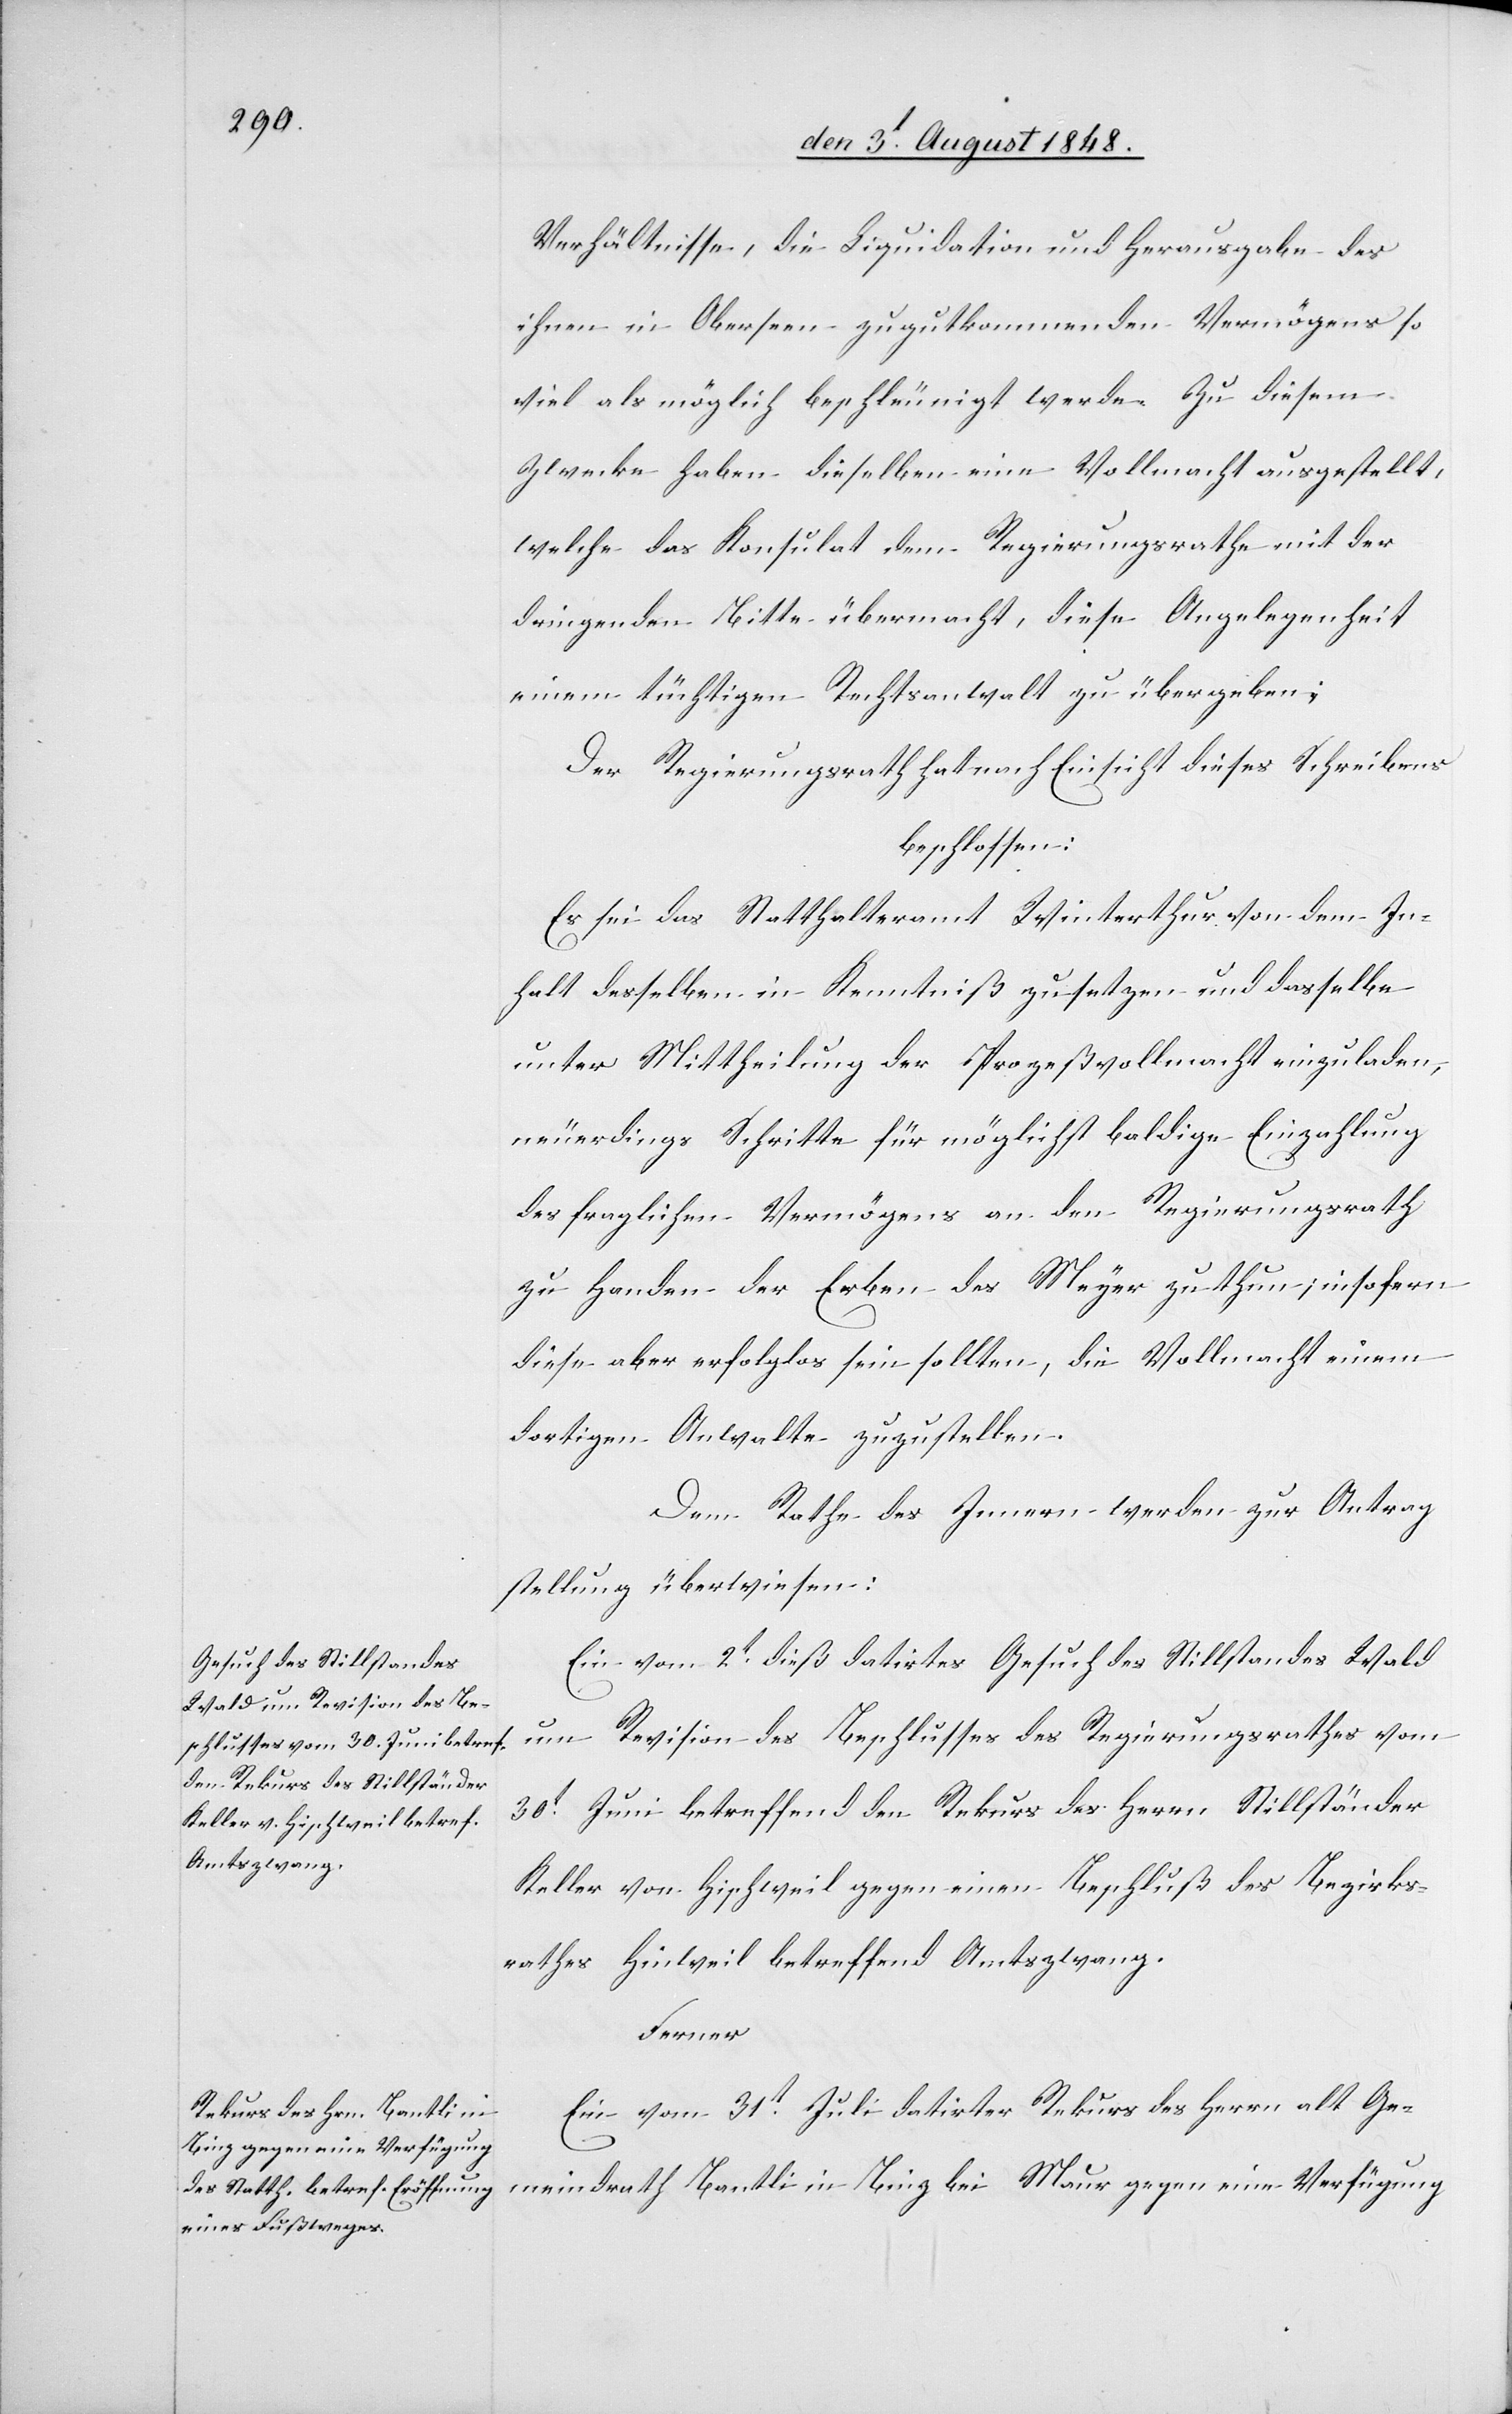
Verhältnisse, die Liquidation und Herausgabe des
ihnen in Oberseen zugutkommenden Vermögens so
viel als möglich beschleunigt werde. Zu diesem
Zwecke haben dieselben eine Vollmacht ausgestellt,
welche das Konsulat dem Regierungsrathe mit der
dringenden Bitte übermacht, diese Angelegenheit
einem tüchtigen Rechtsanwalt zu übergeben;
Der Regierungsrath hat nach Einsicht dieses Schreibens
beschlossen:
Es sei das Statthalteramt Winterthur von dem In¬
halt desselben in Kenntniß zu setzen und dasselbe
unter Mittheilung der Prozeßvollmacht einzuladen,
neuerdings Schritte für möglichst baldige Einzahlung
des fraglichen Vermögens an den Regierungsrath
zu Handen der Erben des Meyer zu thun; insofern
diese aber erfolglos sein sollten, die Vollmacht einem
dortigen Anwalte zuzustellen.
Dem Rathe des Innern werden zur Antrag¬
stellung überwiesen:
Ein vom 2t dieß datirtes Gesuch des Stillstandes Wald
um Revision des Beschlusses des Regierungsrathes vom
30t Juni betreffend den Rekurs des Herrn Stillständer
Keller von Hischweil gegen einen Beschluß des Bezirks¬
rathes Hinweil betreffend Amtszwang.
Ferner
Ein vom 31t Juli datirter Rekurs des Herrn alt Ge¬
meindrath Bantli in Binz bei Maur gegen eine Verfügung